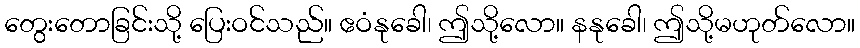
တွေးတောခြင်းသို့ ပြေးဝင်သည်။ ဧဝံနုခေါ၊ ဤသို့လော။ နနုခေါ၊ ဤသို့မဟုတ်လော။